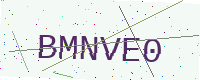
Text: BMNVE0